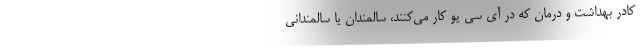
کادر بهداشت و درمان که در آی سی یو کار می‌کنند، سالمندان یا سالمندانی